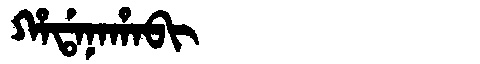
Manchu: ᡥᠠᡩᠠᠨᠠᡥᠠᠪᡳ
Romanization: HADANAHABI